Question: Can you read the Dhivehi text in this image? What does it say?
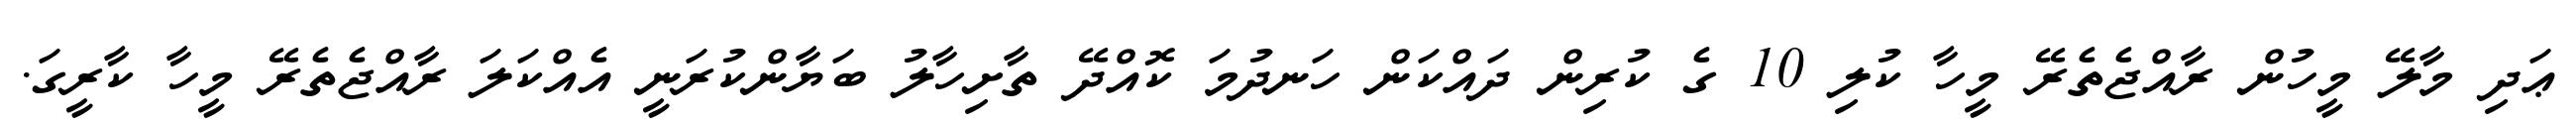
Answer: ޢަދި މާލޭ މީހުން ރާއްޖެތެރޭ މީހާ ކުލި 10 ގެ ކުރިން ދައްކަން ހަނދުމަ ކޮއްދޭ ތާށިހާލު ބަޔާންކުރަނީ އެއްކަލަ ރާއްޖެތެރޭ މީހާ ކާރީގަ.